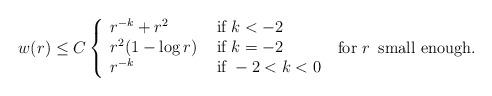
LaTeX: \begin{align*}w(r)\leq C\left\{\begin{array}{ll}r^{-k}+r^{2} & \hbox{ if }k<-2\\r^2(1-\log r) & \hbox{ if }k=-2\\r^{-k} & \hbox{ if }-2<k<0\end{array}\right.\hbox{ for }r \, \hbox{ small enough. }\end{align*}